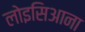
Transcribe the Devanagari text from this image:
लोइसिआना